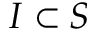
I \subset S